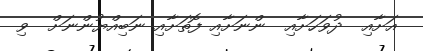
އަށާއި  ދުވަހަށާއި  ންނަށާއި ފޮތަށާއި ނަބިއްޔުންނަށް  ވި